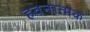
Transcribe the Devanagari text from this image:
हवनात्मक